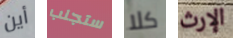
أين ستجلب كلا الإرث